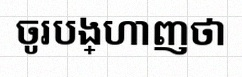
ចូរបង្ហាញថា